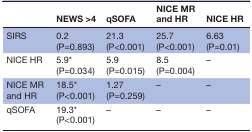
<table><thead><tr><td></td><td><b>NEWS &gt;4</b></td><td><b>qSOFA</b></td><td><b>NICE MR and HR</b></td><td><b>NICE HR</b></td></tr></thead><tbody><tr><td>SIRS</td><td>0.2 (P=0.893)</td><td>21.3 (P&lt;0.001)</td><td>25.7 (P&lt;0.001)</td><td>6.63 (P=0.01)</td></tr><tr><td>NICE HR</td><td>5.9* (P=0.034)</td><td>5.9 (P=0.015)</td><td>8.5 (P=0.004)</td><td>–</td></tr><tr><td>NICE MR and HR</td><td>18.5* (P&lt;0.001)</td><td>1.27 (P=0.259)</td><td>–</td><td>–</td></tr><tr><td>qSOFA</td><td>19.3* (P&lt;0.001)</td><td>–</td><td>–</td><td>–</td></tr></tbody></table>